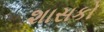
શાસકો